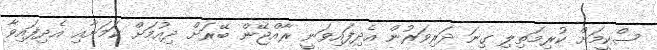
ސްކީމަށް ކުރިމަތިލި ގިނަ ދަރިވަރުން އެދިފައިވަނީ ރާއްޖޭން ބޭރަށް ދިއުމަށް ކަމަށާއި އެދިފައިވާ